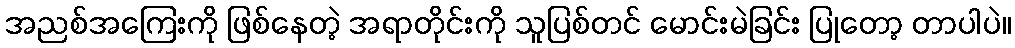
အညစ်အကြေးကို ဖြစ်နေတဲ့ အရာတိုင်းကို သူပြစ်တင် မောင်းမဲခြင်း ပြုတော့ တာပါပဲ။